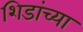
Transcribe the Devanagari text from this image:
शिडांच्या